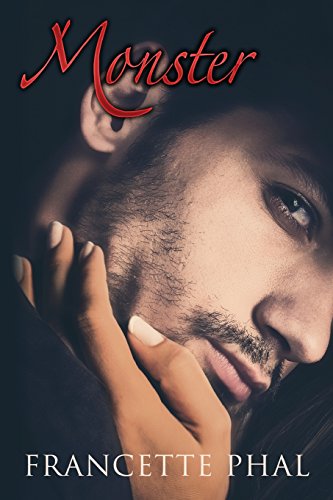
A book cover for Monster; Francette Phal; Romance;